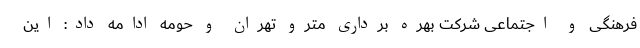
فرهنگی و اجتماعی شرکت بهره برداری مترو تهران و حومه ادامه داد: این